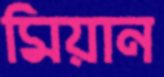
মিয়ান